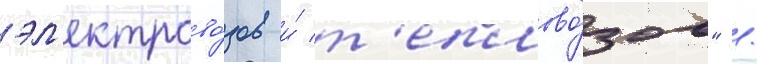
эл'ектрово́зов и́ т'еплово́зов" /